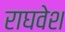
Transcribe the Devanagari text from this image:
राघवेश